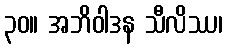
၃၀။ အဘိဝါဒန သီလိဿ၊